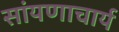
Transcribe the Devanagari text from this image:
सांयणाचार्य